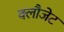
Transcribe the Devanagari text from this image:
क्लौजेट